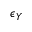
\epsilon _ { Y }